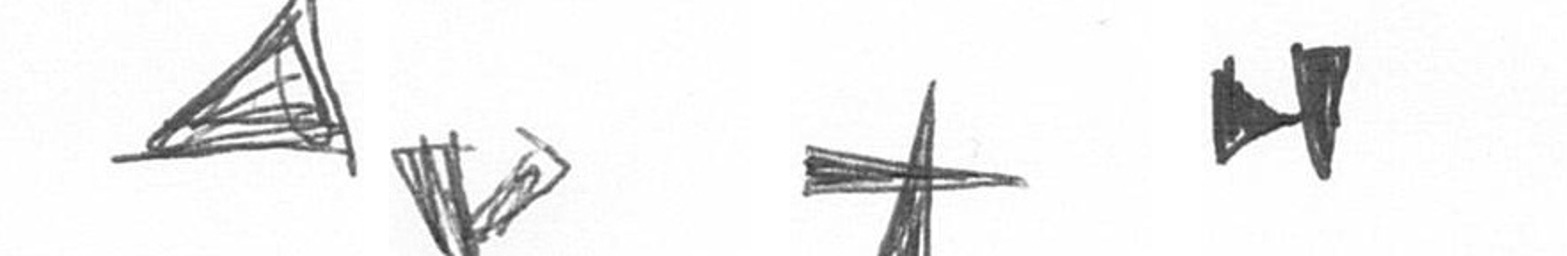
O F G M